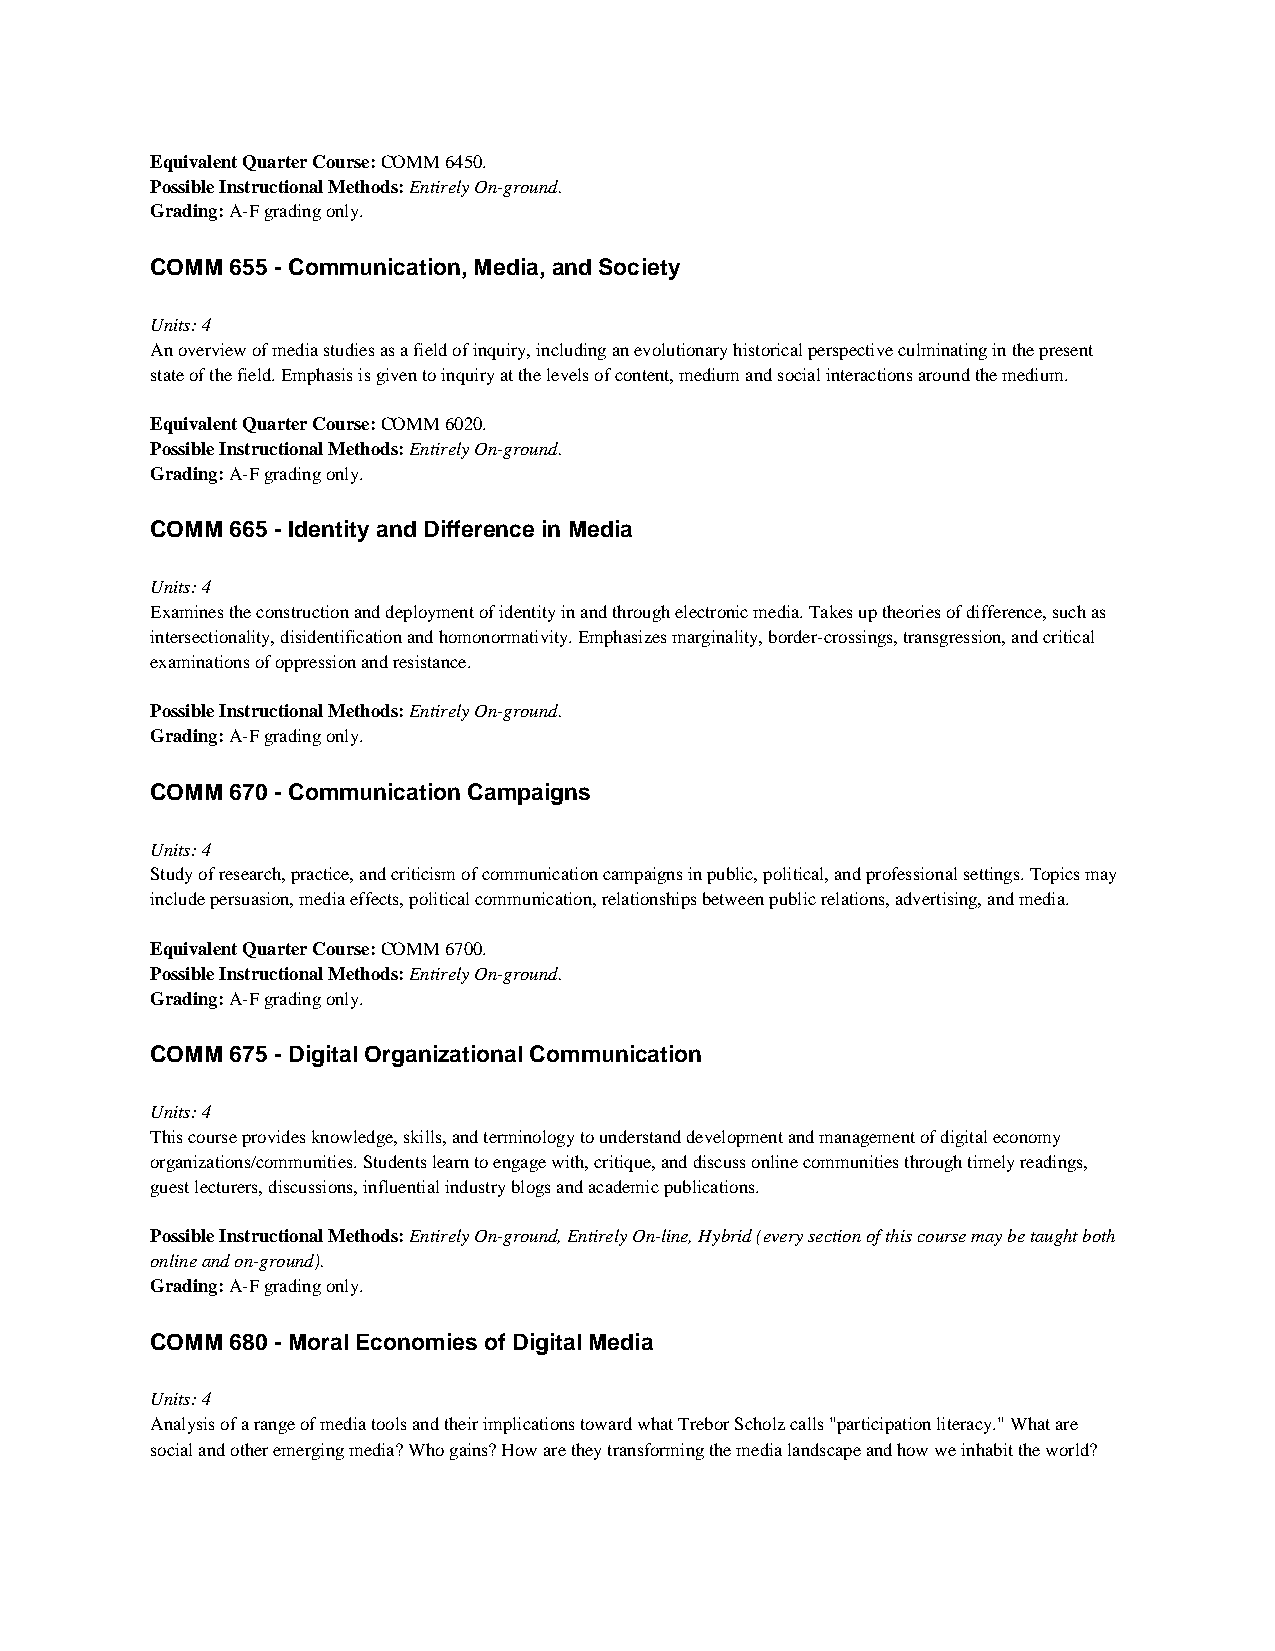
Equivalent Quarter Course: COMM 6450.
 Possible Instructional Methods: Entirely On-ground.
 Grading: A-F grading only.
 COMM 655 - Communication, Media, and Society
 Units: 4
 An overview of media studies as a field of inquiry, including an evolutionary historical perspective culminating in the present
 state of the field. Emphasis is given to inquiry at the levels of content, medium and social interactions around the medium.
 Equivalent Quarter Course: COMM 6020.
 Possible Instructional Methods: Entirely On-ground.
 Grading: A-F grading only.
 COMM 665 - Identity and Difference in Media
 Units: 4
 Examines the construction and deployment of identity in and through electronic media. Takes up theories of difference, such as
 intersectionality, disidentification and homonormativity. Emphasizes marginality, border-crossings, transgression, and critical
 examinations of oppression and resistance.
 Possible Instructional Methods: Entirely On-ground.
 Grading: A-F grading only.
 COMM 670 - Communication Campaigns
 Units: 4
 Study of research, practice, and criticism of communication campaigns in public, political, and professional settings. Topics may
 include persuasion, media effects, political communication, relationships between public relations, advertising, and media.
 Equivalent Quarter Course: COMM 6700.
 Possible Instructional Methods: Entirely On-ground.
 Grading: A-F grading only.
 COMM 675 - Digital Organizational Communication
 Units: 4
 This course provides knowledge, skills, and terminology to understand development and management of digital economy
 organizations/communities. Students learn to engage with, critique, and discuss online communities through timely readings,
 guest lecturers, discussions, influential industry blogs and academic publications.
 Possible Instructional Methods: Entirely On-ground, Entirely On-line, Hybrid (every section of this course may be taught both
 online and on-ground).
 Grading: A-F grading only.
 COMM 680 - Moral Economies of Digital Media
 Units: 4
 Analysis of a range of media tools and their implications toward what Trebor Scholz calls "participation literacy." What are
 social and other emerging media? Who gains? How are they transforming the media landscape and how we inhabit the world?